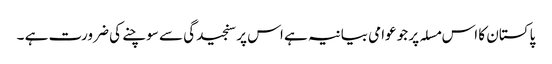
پاکستان کا اس مسلہ پر جو عوامی بیانیہ ہے اس پر سنجیدگی سے سوچنے کی ضرورت ہے ۔